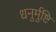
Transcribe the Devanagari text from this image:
धनुर्मुष्टि